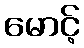
မောင့်